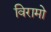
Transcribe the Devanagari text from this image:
विरामो